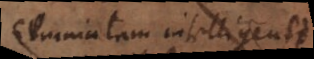
seipsam intelligente